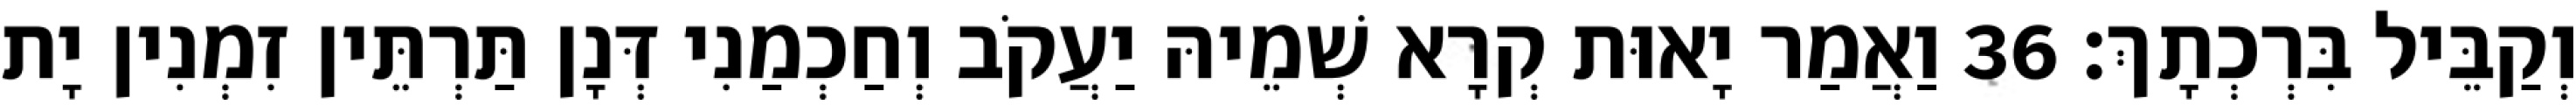
וְקַבֵּיל בִּרְכְתָךְ׃ 36 וַאֲמַר יָאוּת קְרָא שְׁמֵיהּ יַעֲקֹב וְחַכְמַנִי דְּנָן תַּרְתֵּין זִמְנִין יָת